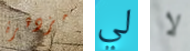
مزدهرة لي لا